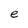
Character: e